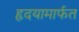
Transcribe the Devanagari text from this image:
हृदयामार्फत